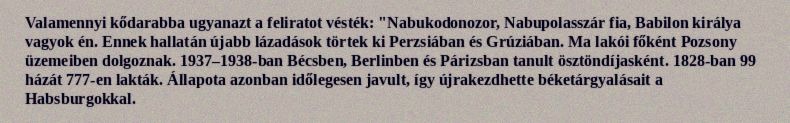
Valamennyi kődarabba ugyanazt a feliratot vésték: "Nabukodonozor, Nabupolasszár fia, Babilon királya vagyok én. Ennek hallatán újabb lázadások törtek ki Perzsiában és Grúziában. Ma lakói főként Pozsony üzemeiben dolgoznak. 1937–1938-ban Bécsben, Berlinben és Párizsban tanult ösztöndíjasként. 1828-ban 99 házát 777-en lakták. Állapota azonban időlegesen javult, így újrakezdhette béketárgyalásait a Habsburgokkal.